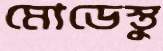
মোডেস্তু